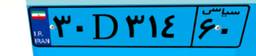
۵۶D۸۱۲۶۶